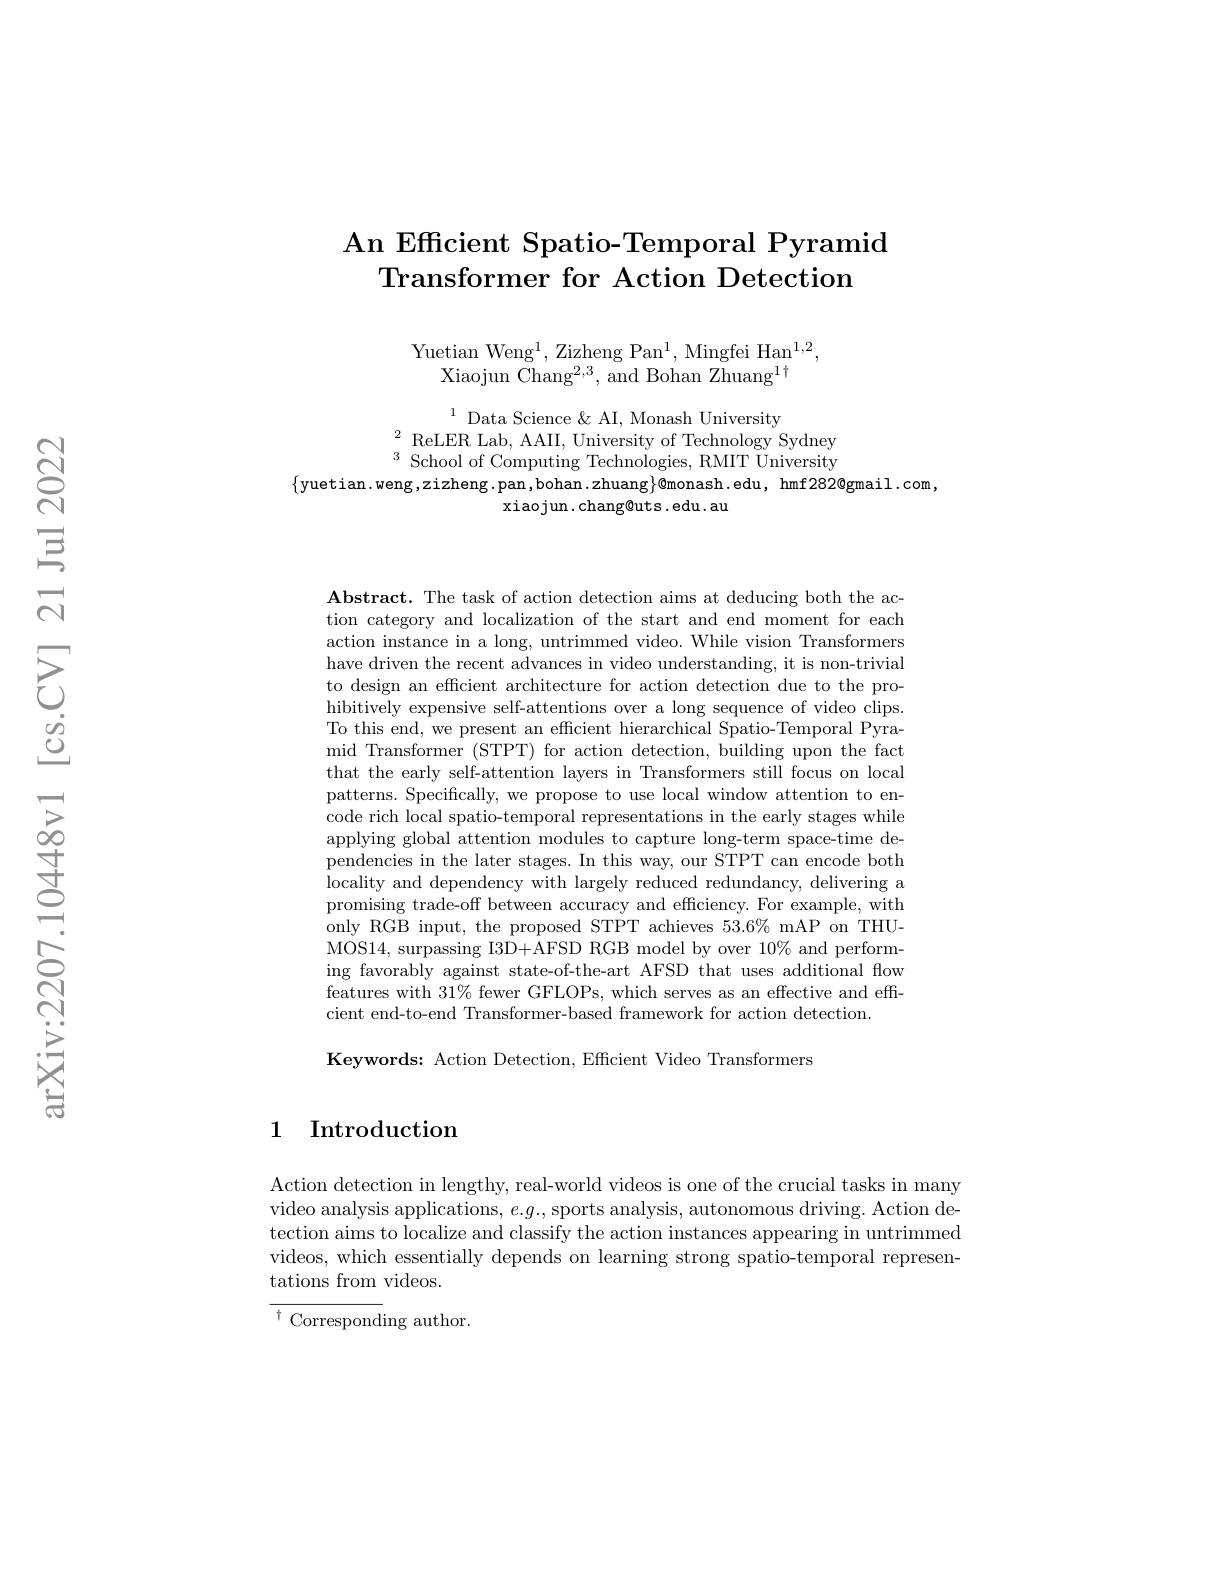
### An Efficient Spatio-Temporal Pyramid Transformer for Action Detection

Yuetian Weng$^1$,Zizheng Pan$^1$,Mingfei Han$^1,2$,
Xiaojun Chang$^2,3$, and Bohan Zhuang$^1\dagger$

$\begin{array}{ll}{^{1}\text{Data Science}\&\text{AI, Monash University}}\\{^{1}\text{ReLER Lab, AAII, University of Technology Sydney}}\\{\text{School of Computing Technologies. RMIT Universitv}}\end{array}$
$\{$yuetian.weng,zizheng.pan,bohan.zhuang$\}@$monash.edu, hmf282@gmail.com,
$\operatorname{xiaojun}.\operatorname{chang@uts}.\operatorname{edu}.\operatorname{au}$

$\mathbf{Abstract.~The~task~of~action~detection~aims~at~deducing~both~the~ac-}$ tion category and localization of the start and end moment for each action instance in a long, untrimmed video. While vision Transformers have driven the recent advances in video understanding, it is non-trivial to design an effcient architecture for action detection due to the prohibitively expensive self-attentions over a long sequence of video clips. To this end, we present an efficient hierarchical Spatio-Temporal Pyramid Transformer (STPT) for action detection, building upon the fact that the early self-attention layers in Transformers still focus on local patterns. Specifically, we propose to use local window attention to encode rich local spatio-temporal representations in the early stages while applying global attention modules to capture long-term space-time dependencies in the later stages. In this way, our STPT can encode both locality and dependency with largely reduced redundancy, delivering a promising trade-off between accuracy and efficiency. For example, with only RGB input, the proposed STPT achieves $53.6\%$ mAP on THUMOS14, surpassing I3D+AFSD RGB model by over 10% and performing favorably against state-of-the-art AFSD that uses additional flow features with $31\%$ fewer GFLOPs, which serves as an effective and efficient end-to-end Transformer-based framework for action detection

Keywords: Action Detection, Efficient Video Transformers

## 1 Introduction

Action detection in lengthy, real-world videos is one of the crucial tasks in many video analysis applications, $e.g.$, sports analysis, autonomous driving. Action detection aims to localize and classify the action instances appearing in untrimmed videos, which essentially depends on learning strong spatio-temporal representations from videos.

$^{\dagger}$Corresponding author.